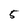
Character: 5